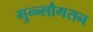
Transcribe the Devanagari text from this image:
गुन्न्लौगसन